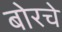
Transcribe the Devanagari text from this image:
बोरचे